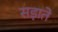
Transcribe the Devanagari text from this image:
सड़ाते